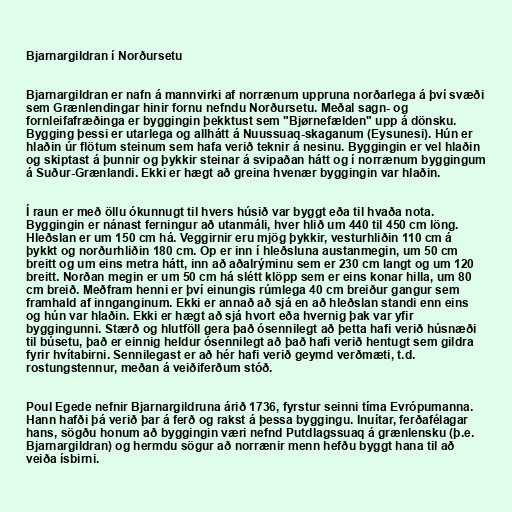
Bjarnargildran í Norðursetu

Bjarnargildran er nafn á mannvirki af norrænum uppruna norðarlega á því svæði
sem Grænlendingar hinir fornu nefndu Norðursetu. Meðal sagn- og
fornleifafræðinga er byggingin þekktust sem "Bjørnefælden" upp á dönsku.
Bygging þessi er utarlega og allhátt á Nuussuaq-skaganum (Eysunesi). Hún er
hlaðin úr flötum steinum sem hafa verið teknir á nesinu. Byggingin er vel hlaðin
og skiptast á þunnir og þykkir steinar á svipaðan hátt og í norrænum byggingum
á Suður-Grænlandi. Ekki er hægt að greina hvenær byggingin var hlaðin.

Í raun er með öllu ókunnugt til hvers húsið var byggt eða til hvaða nota.
Byggingin er nánast ferningur að utanmáli, hver hlið um 440 til 450 cm löng.
Hleðslan er um 150 cm há. Veggirnir eru mjög þykkir, vesturhliðin 110 cm á
þykkt og norðurhliðin 180 cm. Op er inn í hleðsluna austanmegin, um 50 cm
breitt og um eins metra hátt, inn að aðalrýminu sem er 230 cm langt og um 120
breitt. Norðan megin er um 50 cm há slétt klöpp sem er eins konar hilla, um 80
cm breið. Meðfram henni er því einungis rúmlega 40 cm breiður gangur sem
framhald af innganginum. Ekki er annað að sjá en að hleðslan standi enn eins
og hún var hlaðin. Ekki er hægt að sjá hvort eða hvernig þak var yfir
byggingunni. Stærð og hlutföll gera það ósennilegt að þetta hafi verið húsnæði
til búsetu, það er einnig heldur ósennilegt að það hafi verið hentugt sem gildra
fyrir hvítabirni. Sennilegast er að hér hafi verið geymd verðmæti, t.d.
rostungstennur, meðan á veiðiferðum stóð.

Poul Egede nefnir Bjarnargildruna árið 1736, fyrstur seinni tíma Evrópumanna.
Hann hafði þá verið þar á ferð og rakst á þessa byggingu. Inuítar, ferðafélagar
hans, sögðu honum að byggingin væri nefnd Putdlagssuaq á grænlensku (þ.e.
Bjarnargildran) og hermdu sögur að norrænir menn hefðu byggt hana til að
veiða ísbirni.